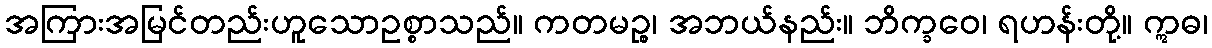
အကြားအမြင်တည်းဟူသောဥစ္စာသည်။ ကတမဉ္စ၊ အဘယ်နည်း။ ဘိက္ခဝေ၊ ရဟန်းတို့။ ဣဓ၊